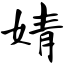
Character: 婧